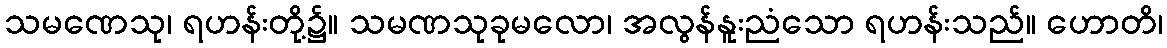
သမဏေသု၊ ရဟန်းတို့၌။ သမဏသုခုမလော၊ အလွန်နူးညံသော ရဟန်းသည်။ ဟောတိ၊